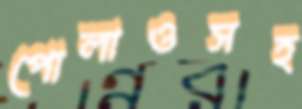
পোলাওসহ